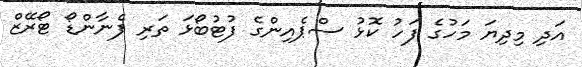
އަދި މިދިޔަ މަހުގެ ފަހު ކޮޅު ސްޕެއިންގެ ފުޓުބޯޅަ ތަރި ފެނާންޑޯ ޓޯރޭޒް